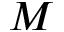
M